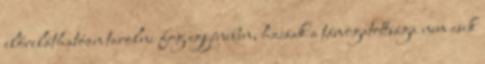
előreláthatóan tarolni fog egyéniben, hacsak a támogatottsága nem esik